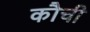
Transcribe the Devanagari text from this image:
कौची